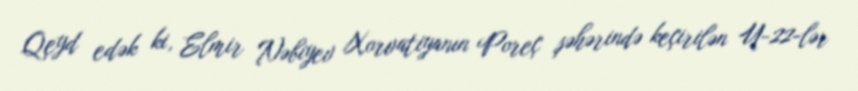
Qeyd edək ki, Elmir Nəbiyev Xorvatiyanın Poreç şəhərində keçirilən U-22-lər